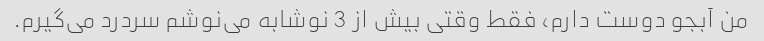
من آبجو دوست دارم، فقط وقتی بیش از 3 نوشابه می‌نوشم سردرد می‌گیرم.